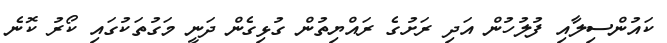
ކައުންސިލާއި ފުލުހުން އަދި ރަށުގެ ރައްޔިތުން ގުޅިގެން ދަނީ މަގުތަކުގައި ކޯރު ކޮނެ